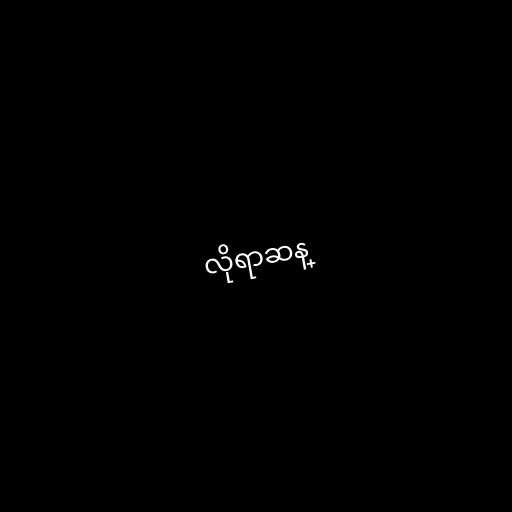
လိုရာဆန္